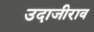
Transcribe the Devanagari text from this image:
उदाजीराव